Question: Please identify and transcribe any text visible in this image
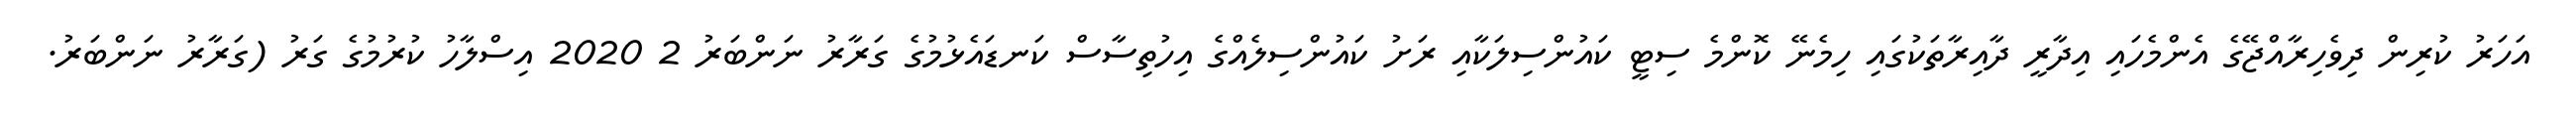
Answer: އަހަރު ކުރިން ދިވެހިރާއްޖޭގެ އެންމެހައި އިދާރީ ދާއިރާތަކުގައި ހިމެނޭ ކޮންމެ ސިޓީ ކައުންސިލަކާއި ރަށު ކައުންސިލެއްގެ އިހުތިސާސް ކަނޑައެޅުމުގެ ގަރާރު ނަންބަރު 2 2020 އިސްލާހު ކުރުމުގެ ގަރު (ގަރާރު ނަންބަރު.